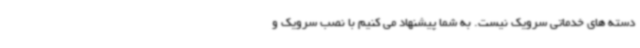
دسته های خدماتی سرویک نیست. به شما پیشنهاد می کنیم با نصب سرویک و